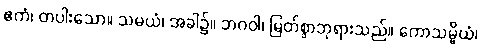
ဧကံ၊ တပါးသော။ သမယံ၊ အခါ၌။ ဘဂဝါ၊ မြတ်စွာဘုရားသည်။ ကောသမ္ဗိယံ၊